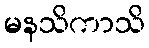
မနသိကာသိ